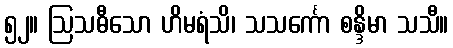
၅၂။ ဩသဓီသော ဟိမရံသိ၊ သသင်္ကော စန္ဒိမာ သသီ။